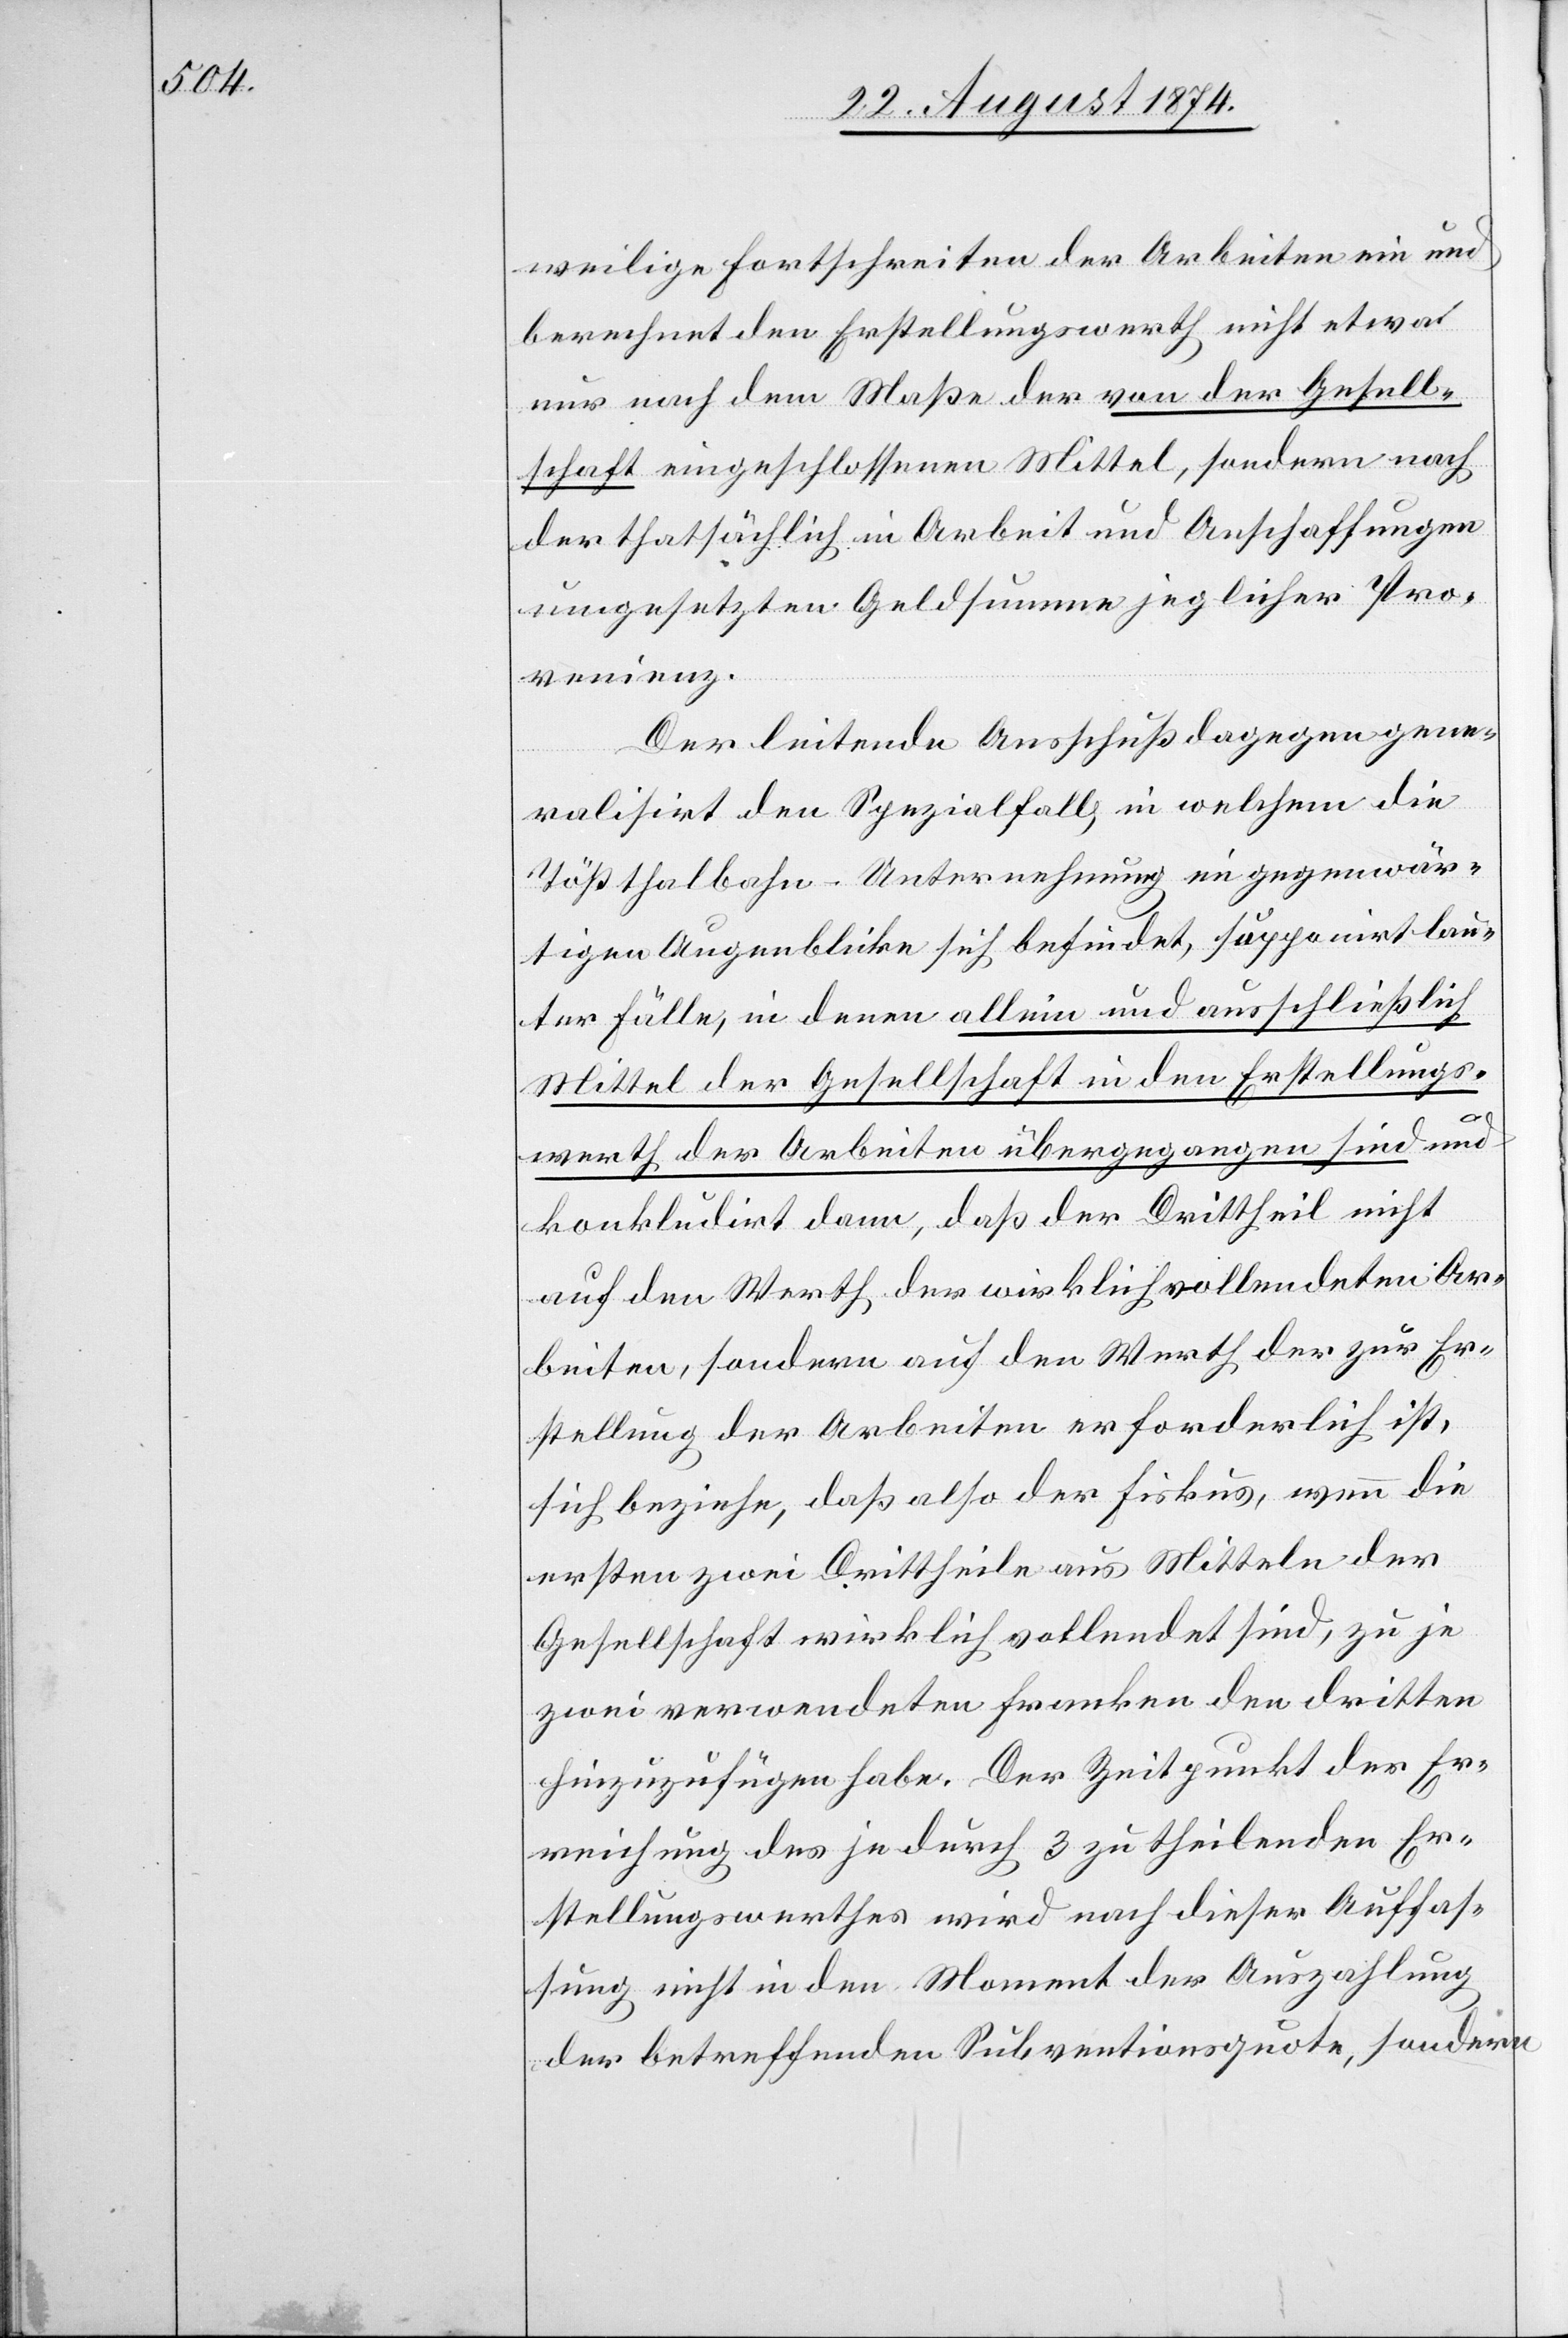
weilige Fortschreiten der Arbeiten und
berechnet den Erstellungswerth nicht etwa
nur nach dem Maße der von der Gesell¬
schaft eingeschlossenen Mittel, sondern nach
der thatsächlich in Arbeit und Anschaffungen
ungesetzten Geldsumme jeglicher Pro¬
venienz.
Der leitende Ausschuß dagegen gene¬
ralisirt den Spezialfall, in welchem die
Tößthalbahn-Unterrechnung im gegenwär¬
tigen Augenblicke sich befindet, supponirt lau¬
ter Fälle, in denen allein und ausschließlich
Mittel der Gesellschaft in den Erstellungs¬
werth der Arbeiten übergegangen sind und
konkludirt dann, daß der Drittheil nicht
auf den Werth der wirklich vollendeten Ar¬
beiten, sondern auf den Werth der zur Er¬
stellung der Arbeiten erforderlich ist,
sich beziehe, daß also der Fiskus, wenn die
ersten zwei Drittheile aus Mitteln der
Gesellschaft wirklich vollendet sind, zu je
zwei verwendeten Franken den dritten
hinzuzufügen habe. Der Zeitpunkt der Er¬
reichung des je durch 3 zu theilenden Er¬
stellungswerthes wir nach dieser Auffas¬
sung nicht in den Moment der Auszahlung
der betreffenden Subventionsquote, sondern